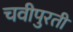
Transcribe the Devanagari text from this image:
चवीपुरती